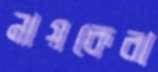
নায়কেরা